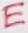
Text: E